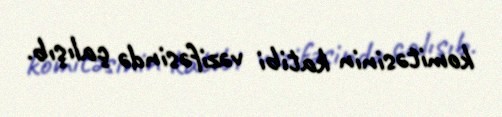
komitəsinin katibi vəzifəsində çalışıb.